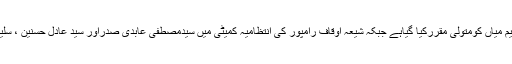
جس کے تحت سبھی ممبران کی اتفاق رائے سے وسیم میاں کومتولی مقررکیا گیاہے جبکہ شیعہ اوقاف رامپور کی انتظامیہ کمیٹی میں سیدمصطفی عابدی صدراور سید عادل حسنین ، سلیم میاں، ندیم اکبراورکامل حسنین کورکن نامزدکیاہے۔